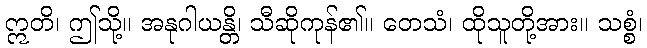
ဣတိ၊ ဤသို့။ အနုဂါယန္တိ၊ သီဆိုကုန်၏။ တေသံ၊ ထိုသူတို့အား။ သစ္စံ၊